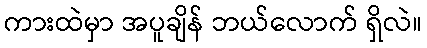
ကားထဲမှာ အပူချိန် ဘယ်လောက် ရှိလဲ။